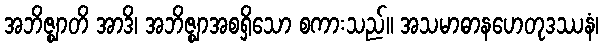
အဘိဇ္ဈာတိ အာဒိ၊ အဘိဇ္ဈာအစရှိသော စကားသည်။ အသမာဓာနဟေတုဒဿနံ၊